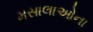
મસાલાઓના